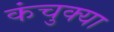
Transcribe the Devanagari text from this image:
कंचुक्या